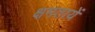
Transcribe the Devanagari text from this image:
क्षमतायें